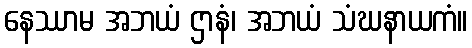
နေဿာမ အဘယံ ဌာနံ၊ အဘယံ သံဃနာယကံ။